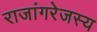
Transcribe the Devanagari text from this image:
राजांगरेजस्य